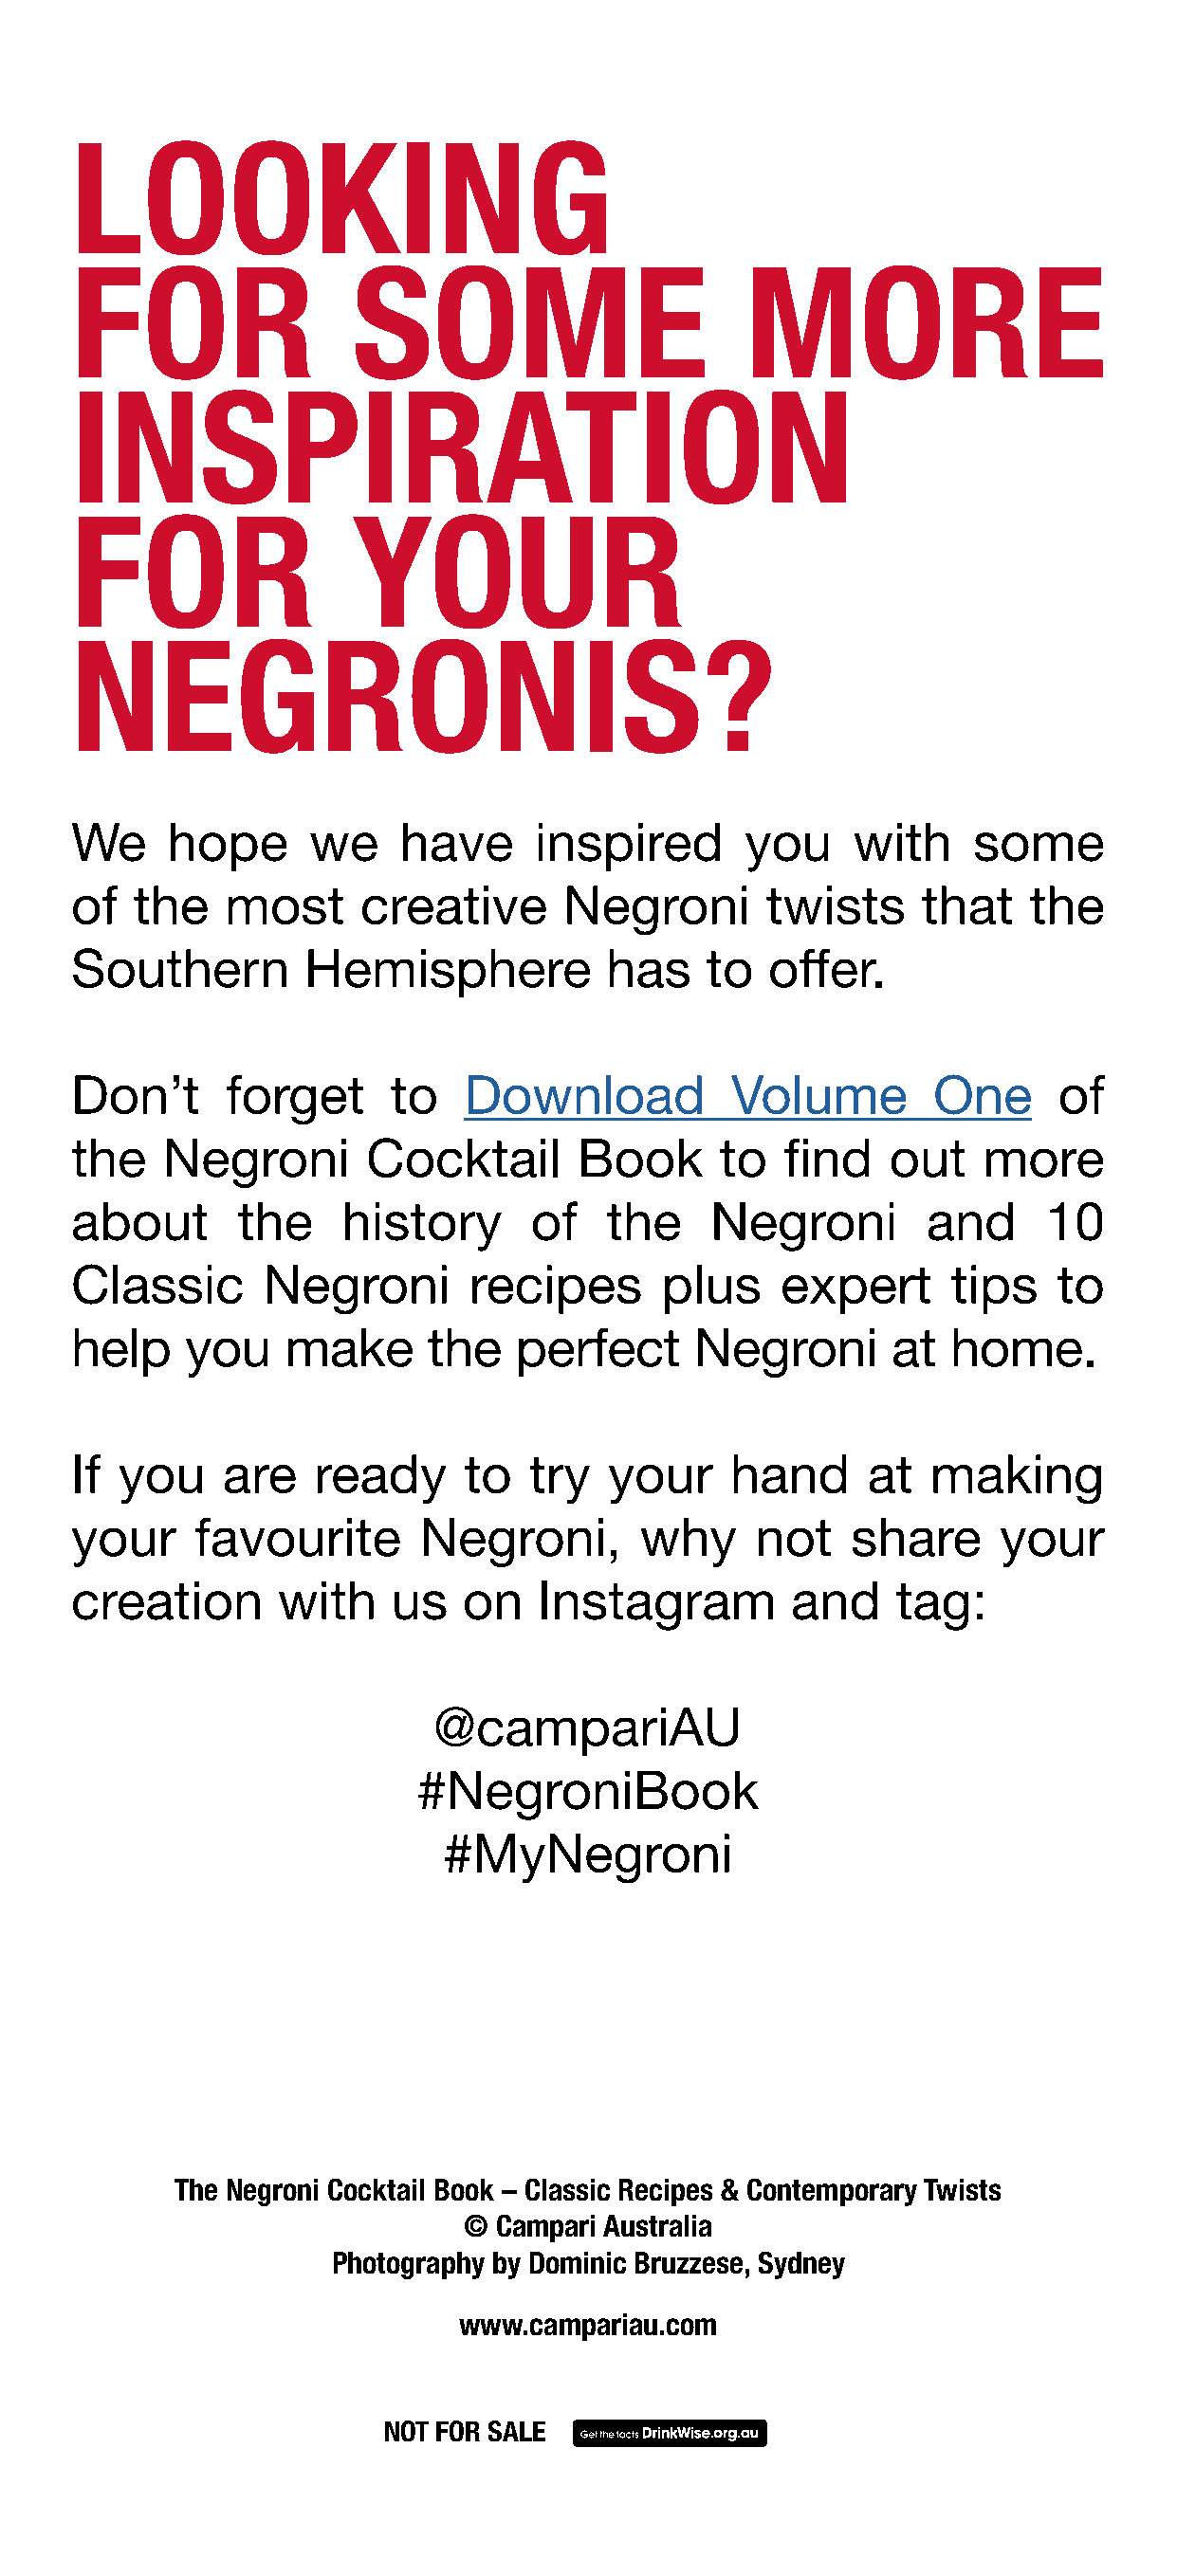
LOOKING
 FOR                 SOME                       MORE
 INSPIRATION
 FOR                 YOUR
 NEGRONIS?
 We     hope      we    have     inspired       you     with    some
 of  the    most     creative      Negroni       twists     that    the
 Southern        Hemisphere           has    to   offer.
 Don’t      forget     to   Download           Volume        One      of
 the   Negroni        Cocktail      Book      to   find   out    more
 about       the    history      of   the     Negroni        and     10
 Classic      Negroni        recipes      plus    expert      tips    to
 help    you    make      the   perfect     Negroni       at  home.
 If you     are   ready     to   try  your     hand      at  making
 your     favourite      Negroni,        why     not   share      your
 creation      with    us   on    Instagram        and    tag:
 @campariAU
 #NegroniBook
 #MyNegroni
 The Negroni Cocktail Book – Classic Recipes & Contemporary Twists
 ©  Campari Australia
 Photography by Dominic Bruzzese, Sydney
 www.campariau.com
 NOT FOR SALE